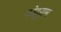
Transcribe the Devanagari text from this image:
कोदूराम